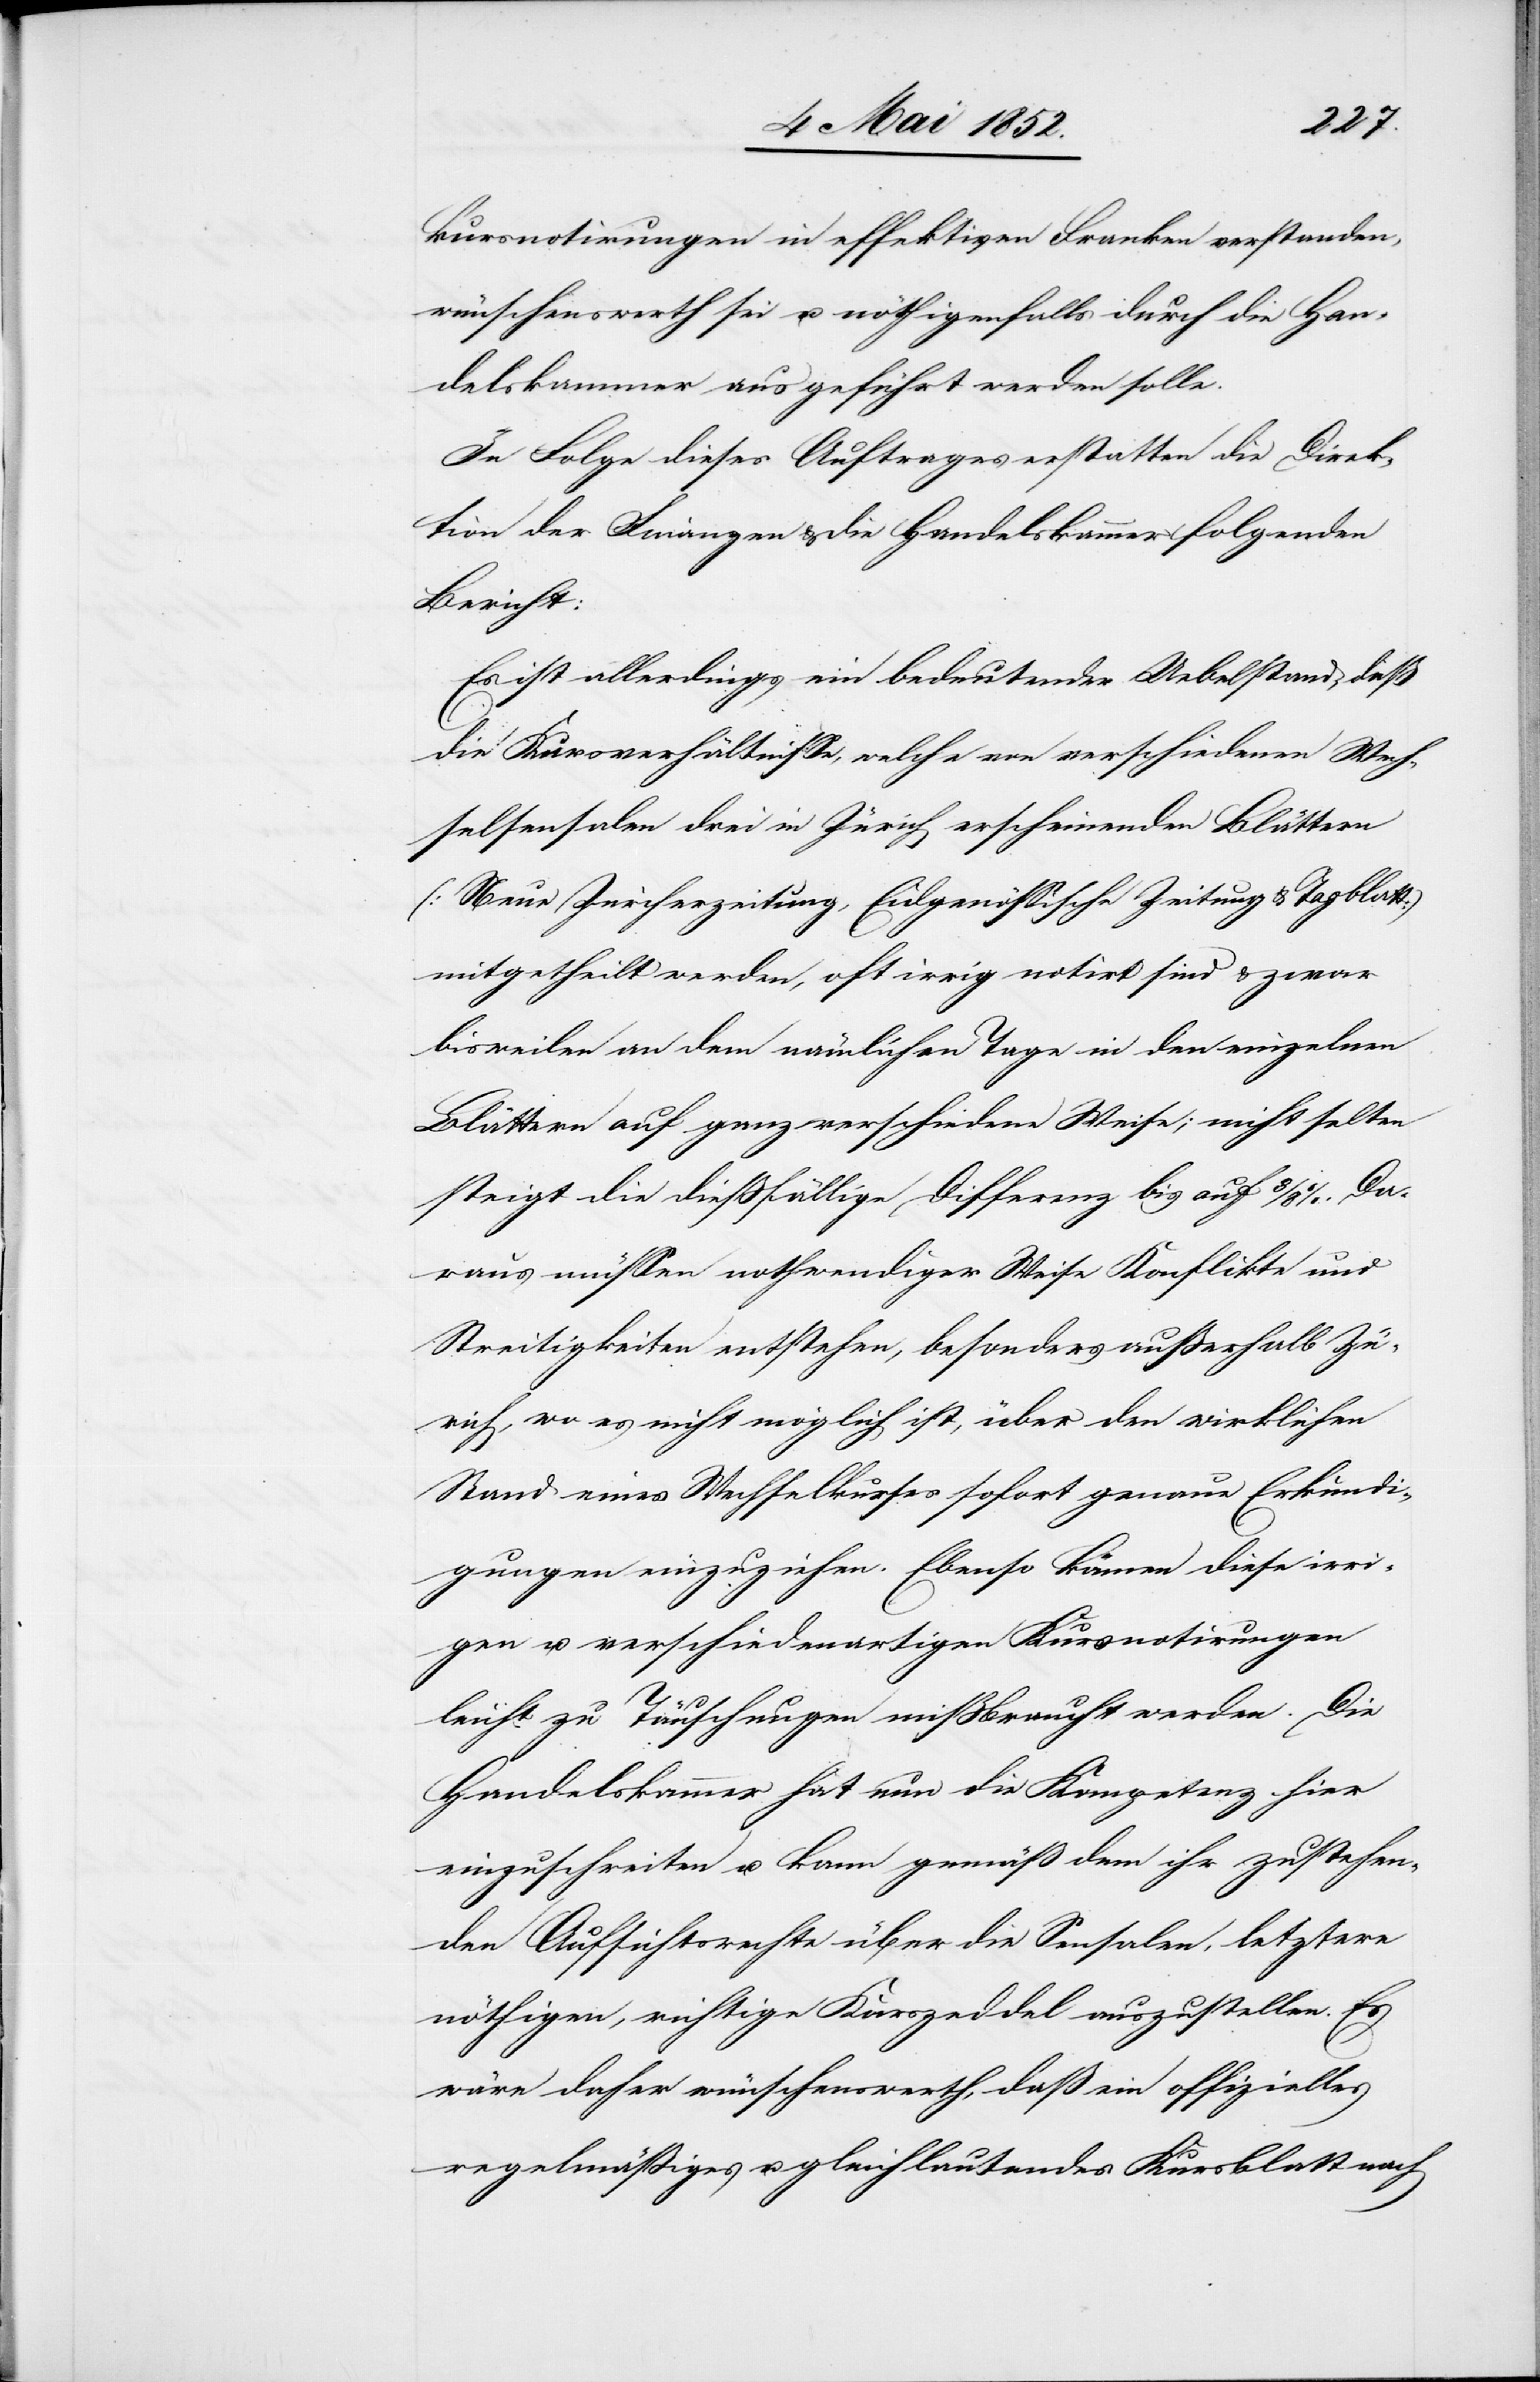
kursnotirungen in effektiven Franken verstanden,
wünschenswerth sei u. nöthigenfalls durch die Han¬
delskammer ausgeführt werden solle.
In Folge dieses Auftrages erstatten die Direk¬
tion der Finanzen & die Handelskammer folgenden
Bericht:
Es ist allerdings ein bedeutender Uebelstand, daß
die Kursverhältnisse, welche von verschiedenen Wech¬
selsensalen drei in Zürich erscheinenden Blättern
(Neue Zürcherzeitung, Eidgenössische Zeitung & Tagblatt)
mitgetheilt werden, oft irrig notirt sind & zwar
bisweilen an dem nämlichen Tage in den einzelnen
Blättern auf ganz verschiedene Weise; nicht selten
steigt die diessfällige Differenz bis auf 8/8 %. Da¬
raus müssen nothwendiger Weise Konflikte und
Streitigkeiten entstehen, besonders ausserhalb Zü¬
rich, wo es nicht möglich ist, über den wirklichen
Stand eines Wechselkurses sofort genaue Erkundi¬
gungen einzuziehen. Ebenso können diese irri¬
gen u. verschiedenartigen Kursnotirungen
leicht zu Täuschungen missbraucht werden. Die
Handelskammer hat nun die Kompetenz hier
einzuschreiten u. kann gemäß dem ihr zustehen¬
den Aufsichtsrechte über die Sensalen, letztere
nöthigen, richtige Kurszeddel auszustellen. Es
wäre daher wünschenswerth, daß ein offizielles
regelmässiges u. gleichlautendes Kursblatt nach